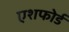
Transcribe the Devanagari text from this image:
एशफोर्ड